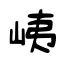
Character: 峓